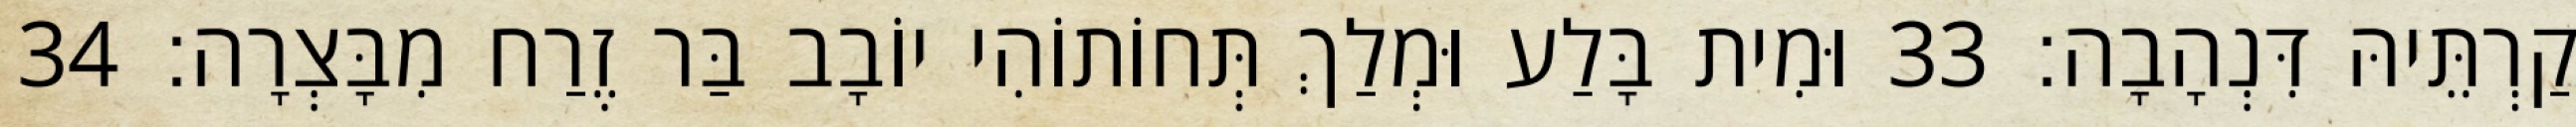
קַרְתֵּיהּ דִּנְהָבָה׃ 33 וּמִית בָּלַע וּמְלַךְ תְּחוֹתוֹהִי יוֹבָב בַּר זֶרַח מִבָּצְרָה׃ 34